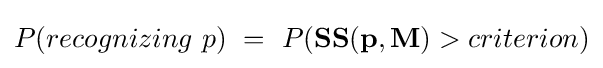
P(recognizing~p)~=~P(\mathbf {SS(p,M)} >criterion)